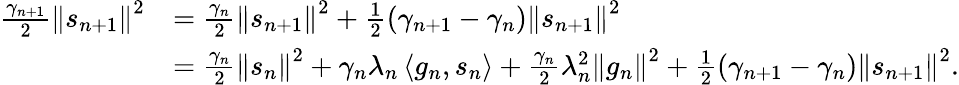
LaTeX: \begin{array}{rl}{\frac{\gamma_{n+1}}{2}\left\Vert s_{n+1}\right\Vert^{2}}&{=\frac{\gamma_{n}}{2}\left\Vert s_{n+1}\right\Vert^{2}+\frac{1}{2}\left(\gamma_{n+1}-\gamma_{n}\right)\left\Vert s_{n+1}\right\Vert^{2}}\\ &{=\frac{\gamma_{n}}{2}\left\Vert s_{n}\right\Vert^{2}+\gamma_{n}\lambda_{n}\left\langle g_{n},s_{n}\right\rangle+\frac{\gamma_{n}}{2}\lambda_{n}^{2}\left\Vert g_{n}\right\Vert^{2}+\frac{1}{2}\left(\gamma_{n+1}-\gamma_{n}\right)\left\Vert s_{n+1}\right\Vert^{2}.}\end{array}